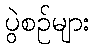
ပွဲစဉ်များ